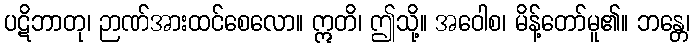
ပဋိဘာတု၊ ဉာဏ်အားထင်စေလော။ ဣတိ၊ ဤသို့။ အဝေါစ၊ မိန့်တော်မူ၏။ ဘန္တေ၊